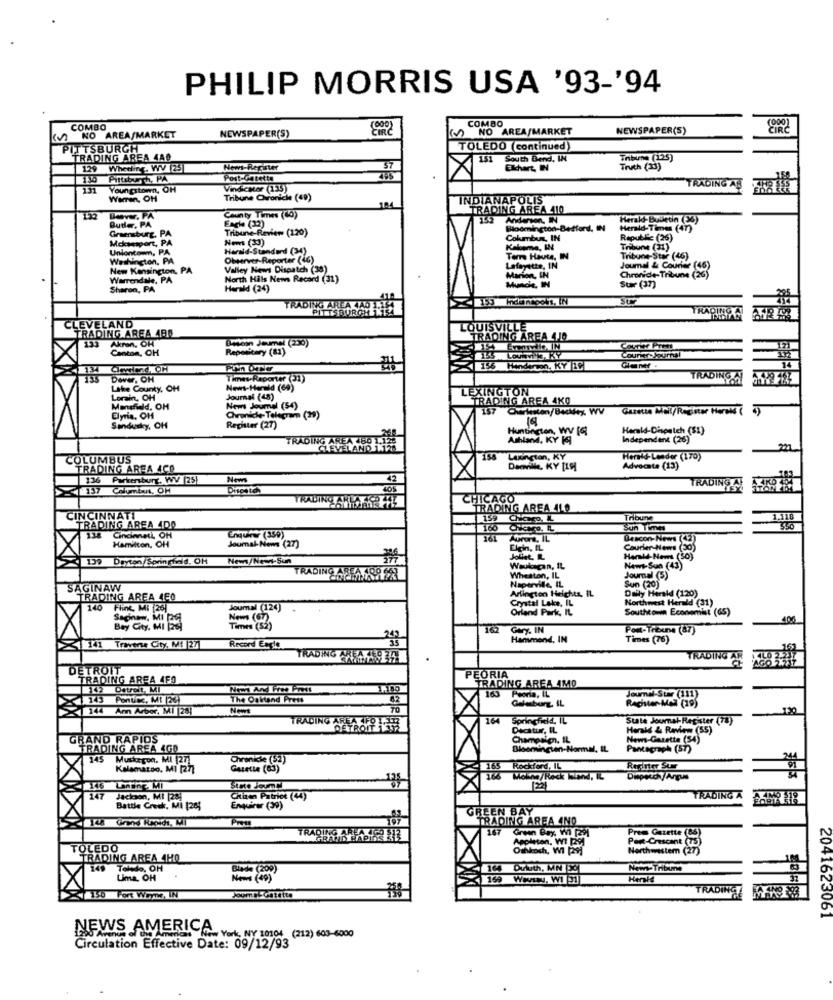
PHILIP MORRIS USA '93-'94
COMBO
(000)
COMBO
NO AREA/MARKET
NEWSPAPER(S)
NO AREA/MARKET
NEWSPAPER(S)
CIRC
PITTSBURGH
TOLEDO (continued)
TRADING AREA 440
151 South Bend, IN
Tribune (125)
129
Wheeling, WV [25
Nem-Register
Elchert, IN
Truth (33)
135 Pittsburgh, PA
Post-Garette
RADING AL
Youngstown, OH
Vindicator (133)
Warrin, OH
Tribune Ovoniche (49)
104
INDIANAPOLIS
TRADING AREA 4110
Beaver, PA
Eagle (12)
County Times (40)
Anderson, IN
Herald-Bulletin (36)
Buder, PA
Greensburg, PA
Tribune-Review (120)
Bloomington-Bedford, IN
Heraid-Times (47)
Moosesport, PA
News (33)
Columbus, IN
Republic (26)
Uniontoum, PA
Harald-Standard (34)
Kaleme, IN
Tribune (31)
Washington, PA
Observer-Reporter (46)
Terre Haute, IN
Tribune-Star (46)
New Kensington, PA
Valley News Dispatch (38)
Lafayette, IN
Marion, IN
Journal & Courier (46)
Warrendale, PA
North Hals News Record (31)
Munde, IN
Chronide-Tribune (26)
Sharon, PA
Herald (24)
Sur (37)
Sur
TRADING AREA JAD
PITTSBURGH
TRADING
LEVELAND
TRADING AREA 480
LOUISVILLE
133
Akron. OH
TRADING AREA 4.0
Canton, CH
Bmeon Jeumel (230)
Repostary (81)
LOUISEKY
ww. OH
Times-Reporter (31)
TRADING
Lake County, OH
ws-Herald (69)
LEXINGTON
Lorain, OH
Journal (45)
TRADING AREA 4KO
Mansfield, OH
News Joumal (54)
157 Charleston/Beckley WV
Elyria, OH
Chroniche- Telegram (39)
Sandusky, OH
Rechter (27)
Huntington, WV [6]
Herald-Dispatch (81)
TRADING AREA 780 1.1.
Ashland, KY [4]
Independent (26)
LEVELAND 117
COLUMBUS
158 Lexington, KY
Hereid-Leader (170)
TRADING ARFA 4CO
Dacmville, KY [19]
Advocate (13)
136 Parkersburg, WV (25)
News
42
TRADING A
197 Chlumin, OH
TRADING ARLACOTE
CHICAGO
TRADING AREA AL0
CINCINNATI
159
Tribune
1.110
TRADING AREA 400
160
Sun Times
138 Cincinnati, OH
Hamilton, OH
Enquirer (350)
161
Aurora, IL
Descon-News
Journal- News (27)
Elgin, IL
Courier-News (30)
137 Dayton/Springheld, OH
Joliet, L
Harald- News (50)
TRADING AREA 100 65
Waukegan, IL
Newt-Sun (43)
Wheston, IL
Napervile, IL
Journal (5)
SAGINAW
Arlington Heights, IL
Daily Herald (120)
Sun (20)
TRADING AREA 4E0
Crystal Lake, IL
Northwest Herald (31)
140 Fine, MI [26]
Joumal (124)
Orland Park, IL
Southtown Economist (65)
400
Bay City. MI (26)
162
Gry. IN
Pom-Třeune (87)
Hammond, IN
Times (76)
Traverse City, MI |271
Record Engl
TRADING AREA -159 34
TRADING AR
DETROIT
TRADING AREA 4FO
PEORIA
TRADING AREA AMO
42 Detroit, MI
Nem And Free Press
165
Peoria, IL
143 Ponting, MI(20)
The Oskriand Press
Journal-Str (111)
Register-Mal (19)
144 Ann Arbor, MI [28]
News
164 Springfield, IL
Suite Journal-Register (78)
TRADING AREA FOIEER
DETROIT
Decatur, IL
Herald & Review (55)
GRAND RAPIDS
Champaign. IL
News-Gazette (54)
TRADING AREA 4G0
Pantagraph (57)
145 Muskegon. MI |271
Chronicle (52)
Kalamatao, MI [273
Gazette (03)
165 Rockford, IL
Reritter Sur
166 Mole/Rack Wind, IL
146 Lanting MI
State Jour !!
147 Jackson, MI [28]
Chizen Patrice (44)
TRADING A
Battle Creek. Mi 1265
Enquirer (39)
GREEN BAY
Pru
TRADING AREA 4NO
TRADING ARLA 4G0 512
167
Green Bay, Wi [291
Appleten, WI [9]
Prem Gazette (CS)
Port-Crescent (75)
TOLEDO
Owhkoch, WI [29]
Northwestem (27)
TRADING AREA 4HO
149
Telado, OH
Blade (200)
164 Duluth, MN [DCL
14
New- Tribune
Uma, OH
News (49)
WHIT, WI 91
Henk4
TRADING
150 Fort Wayne, IN
2041623061
NEWS AMERICA.
New York, NY 1010
(212) 603-6000
Circulation Effective Date: 09/12/93